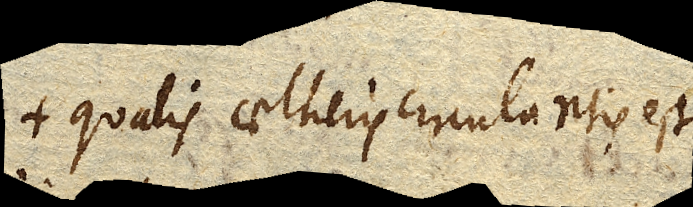
qualis aetheris circulantis est